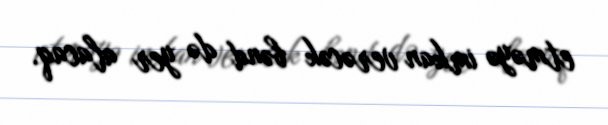
etməyə imkan verəcək bənd də yer alacaq.